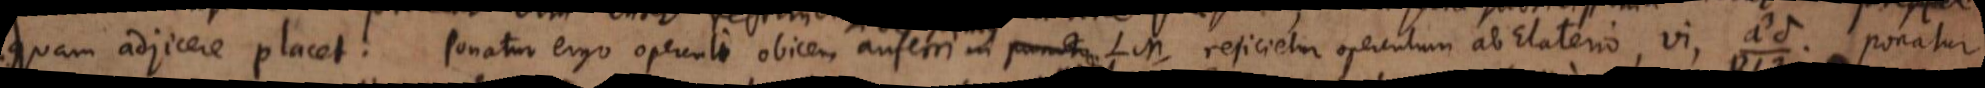
quam adjicere placet. Ponatur ergo operculi obicem auferri in puncto LM, rejicietur operculum ab Elaterio, vi, _. Ponatur